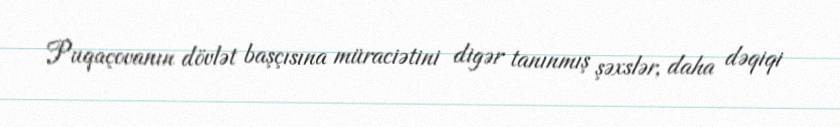
Puqaçovanın dövlət başçısına müraciətini digər tanınmış şəxslər, daha dəqiqi